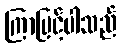
ကြာမြင့်ပါသည်